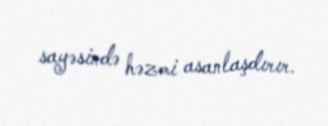
sayəsində həzmi asanlaşdırır.